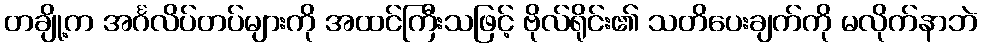
တချို့က အင်္ဂလိပ်တပ်များကို အထင်ကြီးသဖြင့် ဗိုလ်ရိုင်း၏ သတိပေးချက်ကို မလိုက်နာဘဲ